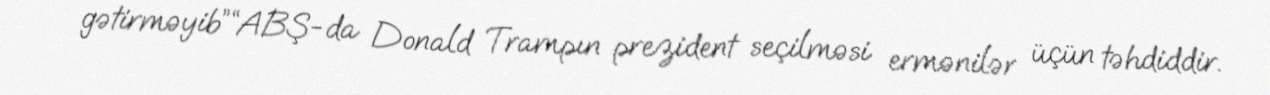
gətirməyib”“ABŞ-da Donald Trampın prezident seçilməsi ermənilər üçün təhdiddir.